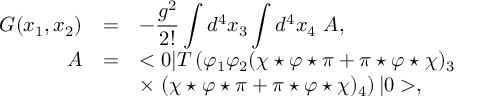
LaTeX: \begin{array} { r c l } { { G ( x _ { 1 } , x _ { 2 } ) } } & { { = } } & { { \displaystyle - \frac { g ^ { 2 } } { 2 ! } \int d ^ { 4 } x _ { 3 } \int d ^ { 4 } x _ { 4 } ~ A , } } \\ { { A } } & { { = } } & { { \displaystyle < 0 | T \left( \varphi _ { 1 } \varphi _ { 2 } ( \chi \star \varphi \star \pi + \pi \star \varphi \star \chi ) _ { 3 } \right. } } \\ { { } } & { { } } & { { \displaystyle \times \left. ( \chi \star \varphi \star \pi + \pi \star \varphi \star \chi ) _ { 4 } \right) | 0 > , } } \end{array}